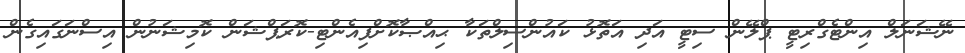
ނޭޝަނަލް އިންޓެގްރިޓީ ޕްލޭން ސިޓީ އަދި އަތޮޅު ކައުންސިލްތަކާ ޙިއްޞާކޮށްފިއެންޓި-ކޮރަޕްޝަން ކޮމިޝަނުން އިސްނަގައިގެން